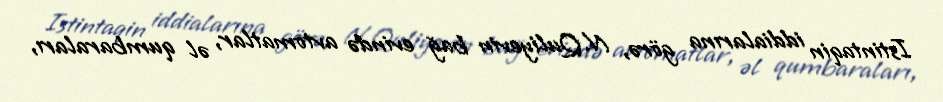
Istintaqin iddialarına görə, N.Quliyevin bağ evində avtomatlar, əl qumbaraları,